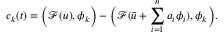
c _ { k } ( t ) = \bigg ( \mathcal { F } ( \boldsymbol { u } ) , \boldsymbol { \phi } _ { k } \bigg ) - \bigg ( \mathcal { F } ( \bar { \boldsymbol { u } } + \sum _ { i = 1 } ^ { n } a _ { i } \boldsymbol { \phi } _ { i } ) , \boldsymbol { \phi } _ { k } \bigg ) .